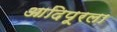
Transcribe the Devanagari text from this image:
आदिपूरला